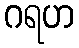
ဂရဟ